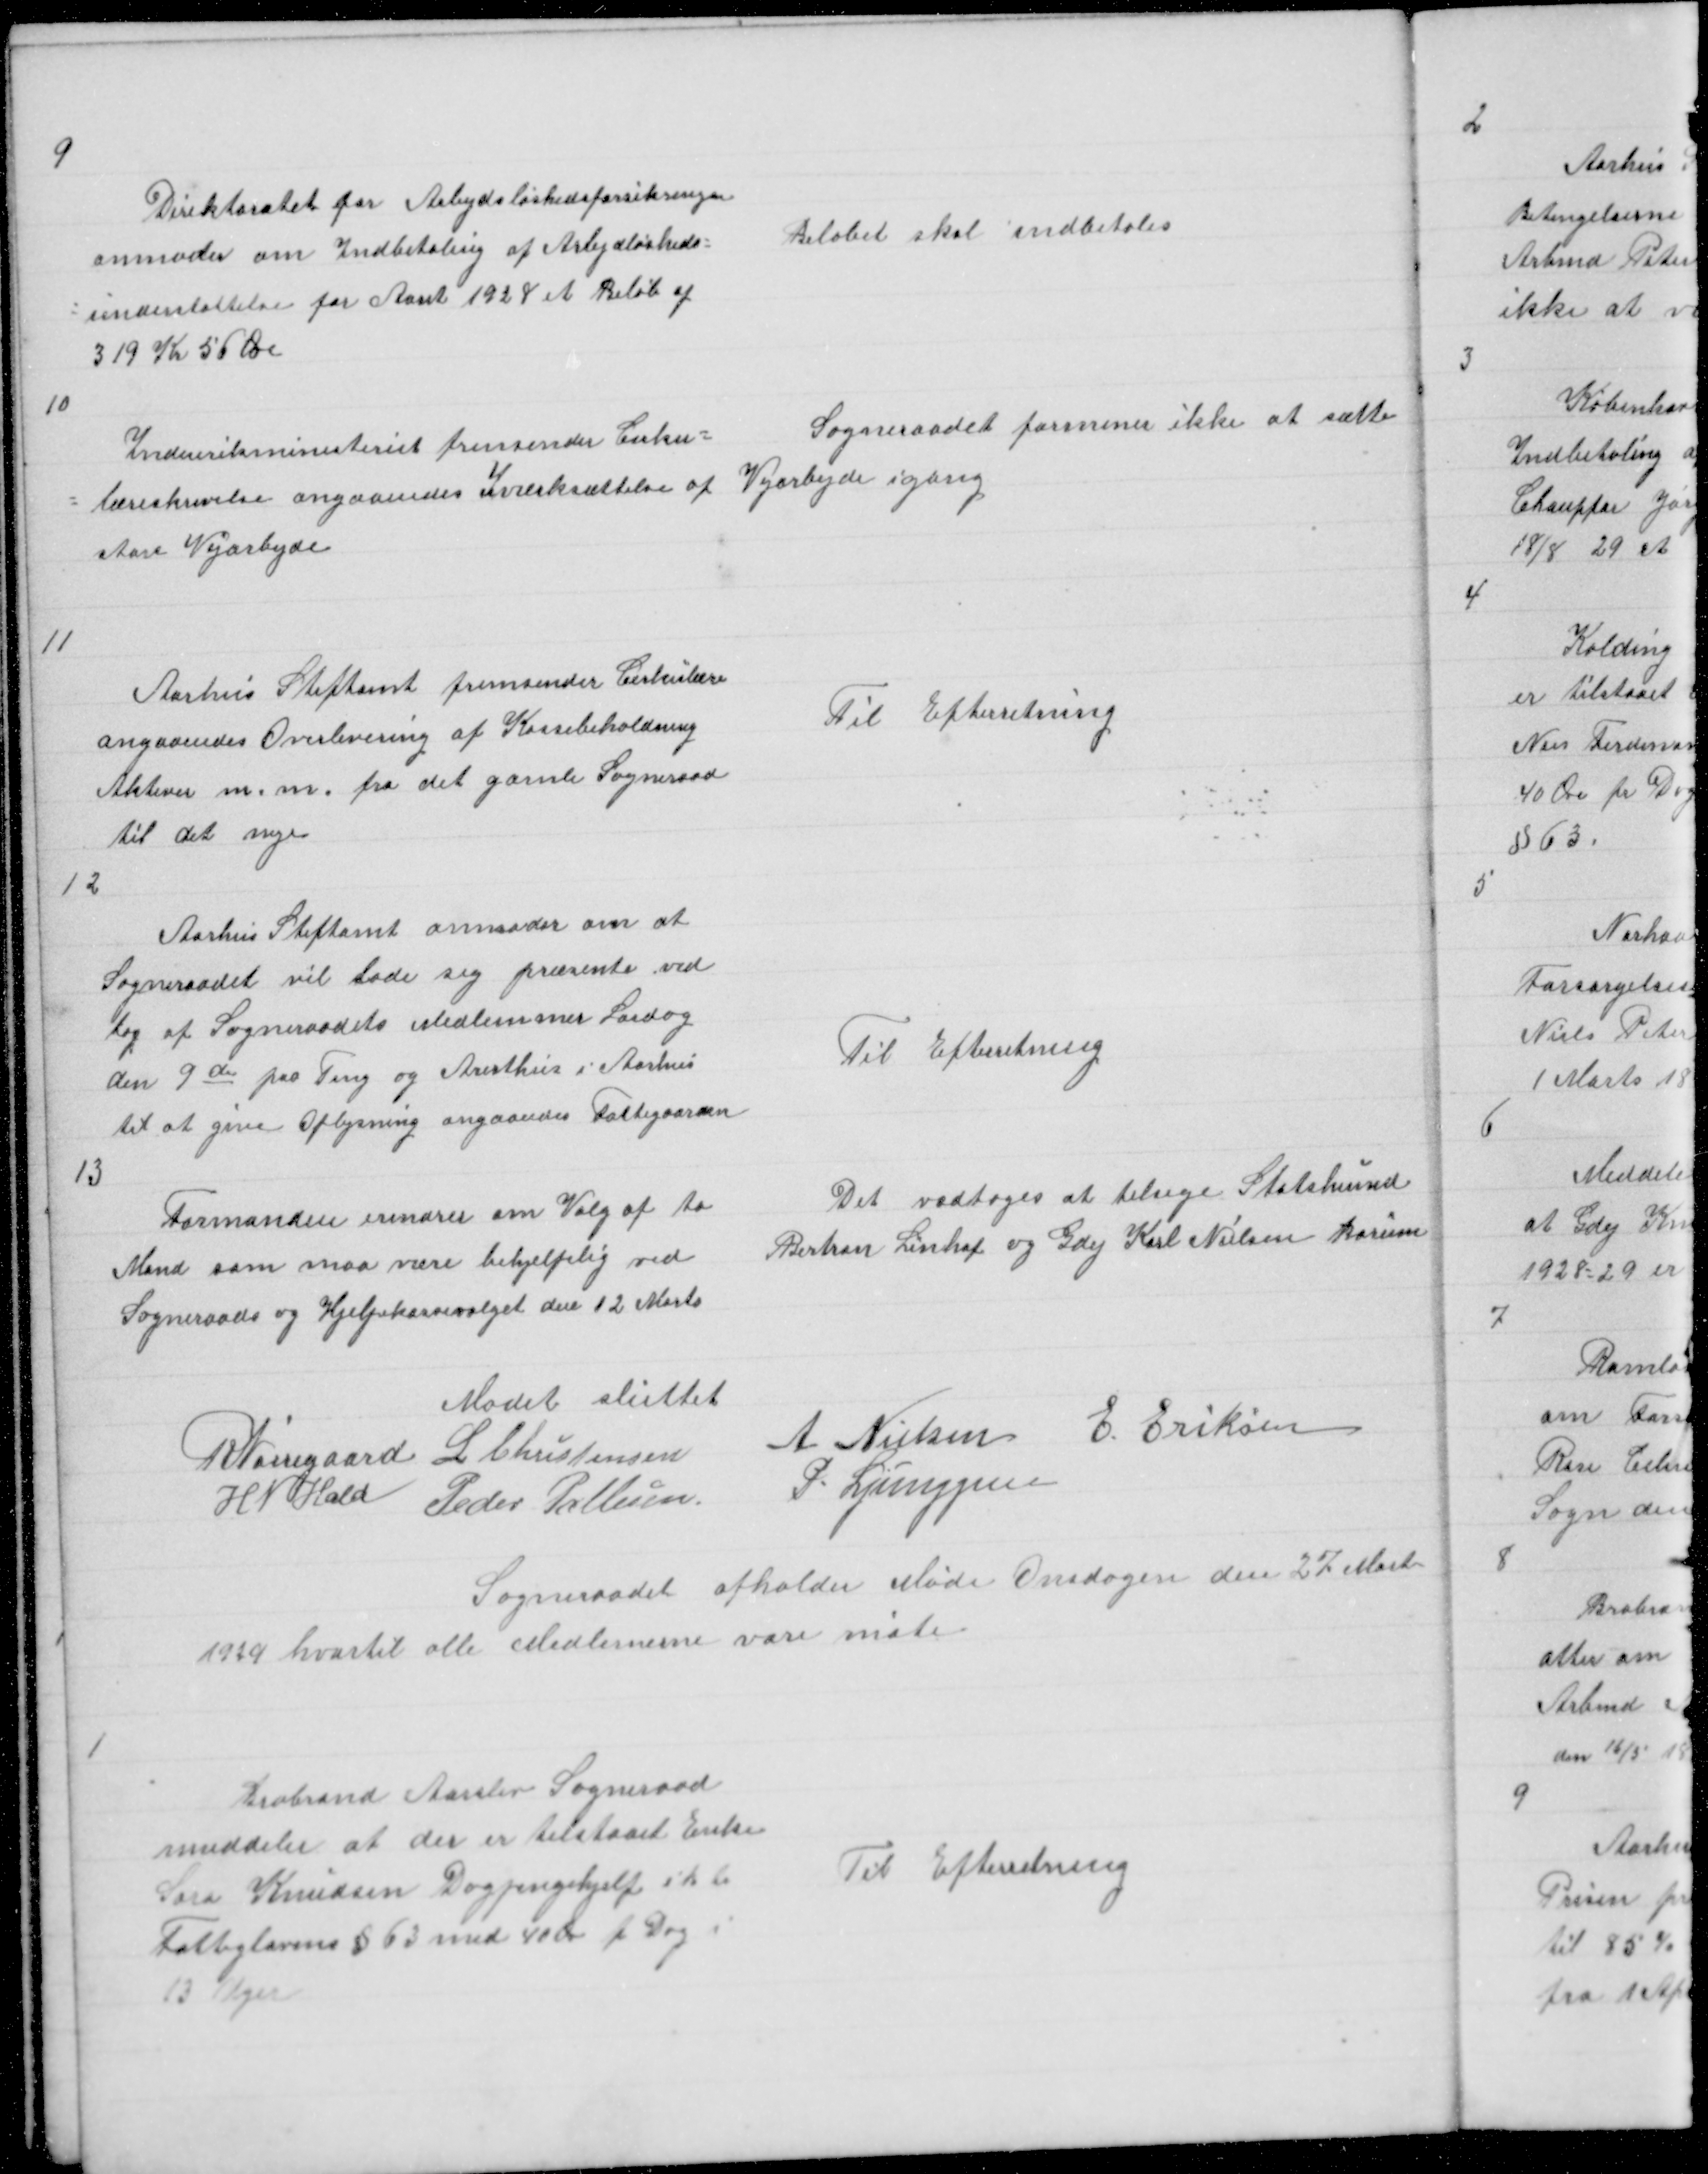
Transskription:
9

Direktoratet for Arbejdsløshedsforsikringen
anmoder om Indbetaling af Arbejdsløsheds =
= understøttelse for Aaret 1928 et Beløb af
319 Kr 56 Øre

Beløbet skal indbetales

10

Indenriksministeriet fremsender Cirku =
= læreskrivelse angaaendes Iværksættelse af
Aare Vejarbejde

Sogneraadet formener ikke at sætte
Vejarbejde igang

11

Aarhus Stiftamt fremsender Cirkulære
angaaendes Overlevering af Kassebeholdning
Aktiver m. m. fra det gamle Sogneraad
til det nye

Til Efterretning

12

Aarhus Stiftamt anmoder om at
Sogneraadet vil lade sig præsente ved
 af Sogneraadets Medlemmer Lørdag
den 9 de paa Ting og Aresthus i Aarhus
til at give Oplysning angaaendes Fattigaarden

Til Efterretning

13

Formanden erindrer om Valg af to
Mand som maa være behjelplig ved
Sogneraads og Hjelpekassevalget den 12 Marts

Det vedtoges at tilsige Statshusmd
Bertran Linhof og Gdej Karl Nielsen Borum

Mødet sluttet
R Nørregaard L Christensen
A Nielsen E Eriksen
H N Hald Peder Pallesen P. Ljunggren

Sogneraadet afholder Møde Onsdagen den 27 Marts
1929 hvortil alle Medlemerne vare møte

1

Brabrand Aarslev Sogneraad
meddeler at der er tilstaaet Enke
Sara Knudsen Dagpengehjelp i h ti
Fattiglovens § 63 med 40 Øre p Dag i
13 Uger

Til Efterretning